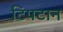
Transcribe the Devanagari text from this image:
टिपटान